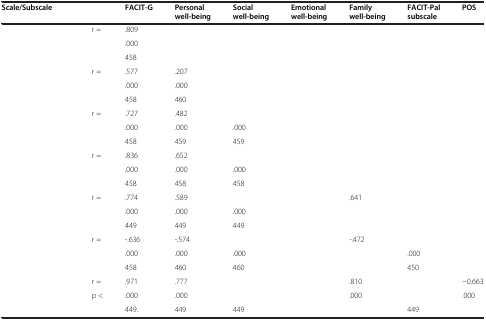
<table><thead><tr><td colspan="2"><b>Scale/Subscale</b></td><td><b>FACIT-G</b></td><td><b>Personal well-being</b></td><td><b>Social well-being</b></td><td><b>Emotional well-being</b></td><td><b>Family well-being</b></td><td><b>FACIT-Pal subscale</b></td><td><b>POS</b></td></tr></thead><tbody><tr><td rowspan="3">[EMPTY_CELL]</td><td>r =</td><td>.809</td><td>[EMPTY_CELL]</td><td>[EMPTY_CELL]</td><td>[EMPTY_CELL]</td><td>[EMPTY_CELL]</td><td>[EMPTY_CELL]</td><td>[EMPTY_CELL]</td></tr><tr><td>[EMPTY_CELL]</td><td>.000</td><td>[EMPTY_CELL]</td><td>[EMPTY_CELL]</td><td>[EMPTY_CELL]</td><td>[EMPTY_CELL]</td><td>[EMPTY_CELL]</td><td>[EMPTY_CELL]</td></tr><tr><td>[EMPTY_CELL]</td><td>458</td><td>[EMPTY_CELL]</td><td>[EMPTY_CELL]</td><td>[EMPTY_CELL]</td><td>[EMPTY_CELL]</td><td>[EMPTY_CELL]</td><td>[EMPTY_CELL]</td></tr><tr><td rowspan="3">[EMPTY_CELL]</td><td>r =</td><td>.577</td><td>.207</td><td>[EMPTY_CELL]</td><td>[EMPTY_CELL]</td><td>[EMPTY_CELL]</td><td>[EMPTY_CELL]</td><td>[EMPTY_CELL]</td></tr><tr><td>[EMPTY_CELL]</td><td>.000</td><td>.000</td><td>[EMPTY_CELL]</td><td>[EMPTY_CELL]</td><td>[EMPTY_CELL]</td><td>[EMPTY_CELL]</td><td>[EMPTY_CELL]</td></tr><tr><td>[EMPTY_CELL]</td><td>458</td><td>460</td><td>[EMPTY_CELL]</td><td>[EMPTY_CELL]</td><td>[EMPTY_CELL]</td><td>[EMPTY_CELL]</td><td>[EMPTY_CELL]</td></tr><tr><td rowspan="3">[EMPTY_CELL]</td><td>r =</td><td>.727</td><td>.482</td><td>[EMPTY_CELL]</td><td>[EMPTY_CELL]</td><td>[EMPTY_CELL]</td><td>[EMPTY_CELL]</td><td>[EMPTY_CELL]</td></tr><tr><td>[EMPTY_CELL]</td><td>.000</td><td>.000</td><td>.000</td><td>[EMPTY_CELL]</td><td>[EMPTY_CELL]</td><td>[EMPTY_CELL]</td><td>[EMPTY_CELL]</td></tr><tr><td>[EMPTY_CELL]</td><td>458</td><td>459</td><td>459</td><td>[EMPTY_CELL]</td><td>[EMPTY_CELL]</td><td>[EMPTY_CELL]</td><td>[EMPTY_CELL]</td></tr><tr><td rowspan="3">[EMPTY_CELL]</td><td>r =</td><td>.836</td><td>.652</td><td>[EMPTY_CELL]</td><td>[EMPTY_CELL]</td><td>[EMPTY_CELL]</td><td>[EMPTY_CELL]</td><td>[EMPTY_CELL]</td></tr><tr><td>[EMPTY_CELL]</td><td>.000</td><td>.000</td><td>.000</td><td>[EMPTY_CELL]</td><td>[EMPTY_CELL]</td><td>[EMPTY_CELL]</td><td>[EMPTY_CELL]</td></tr><tr><td>[EMPTY_CELL]</td><td>458</td><td>458</td><td>458</td><td>[EMPTY_CELL]</td><td>[EMPTY_CELL]</td><td>[EMPTY_CELL]</td><td>[EMPTY_CELL]</td></tr><tr><td rowspan="3">[EMPTY_CELL]</td><td>r =</td><td>.774</td><td>.589</td><td>[EMPTY_CELL]</td><td>[EMPTY_CELL]</td><td>.641</td><td>[EMPTY_CELL]</td><td>[EMPTY_CELL]</td></tr><tr><td>[EMPTY_CELL]</td><td>.000</td><td>.000</td><td>.000</td><td>[EMPTY_CELL]</td><td>[EMPTY_CELL]</td><td>[EMPTY_CELL]</td><td>[EMPTY_CELL]</td></tr><tr><td>[EMPTY_CELL]</td><td>449</td><td>449</td><td>449</td><td>[EMPTY_CELL]</td><td>[EMPTY_CELL]</td><td>[EMPTY_CELL]</td><td>[EMPTY_CELL]</td></tr><tr><td rowspan="3">[EMPTY_CELL]</td><td>r =</td><td>-.636</td><td>-.574</td><td>[EMPTY_CELL]</td><td>[EMPTY_CELL]</td><td>-.472</td><td>[EMPTY_CELL]</td><td>[EMPTY_CELL]</td></tr><tr><td>[EMPTY_CELL]</td><td>.000</td><td>.000</td><td>.000</td><td>[EMPTY_CELL]</td><td>[EMPTY_CELL]</td><td>.000</td><td>[EMPTY_CELL]</td></tr><tr><td>[EMPTY_CELL]</td><td>458</td><td>460</td><td>460</td><td>[EMPTY_CELL]</td><td>[EMPTY_CELL]</td><td>450</td><td>[EMPTY_CELL]</td></tr><tr><td>[EMPTY_CELL]</td><td>r =</td><td>.971</td><td>.777</td><td>[EMPTY_CELL]</td><td>[EMPTY_CELL]</td><td>.810</td><td>[EMPTY_CELL]</td><td>-0.663</td></tr><tr><td rowspan="2">[EMPTY_CELL]</td><td>p &lt;</td><td>.000</td><td>.000</td><td>[EMPTY_CELL]</td><td>[EMPTY_CELL]</td><td>.000</td><td>[EMPTY_CELL]</td><td>.000</td></tr><tr><td>[EMPTY_CELL]</td><td>449.</td><td>449</td><td>449</td><td>[EMPTY_CELL]</td><td>[EMPTY_CELL]</td><td>449</td><td>[EMPTY_CELL]</td></tr></tbody></table>